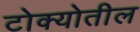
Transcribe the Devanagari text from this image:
टोक्योतील